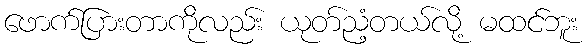
ဖောက်ပြားတာကိုလည်း ယုတ်ညံ့တယ်လို့ မထင်ဘူး